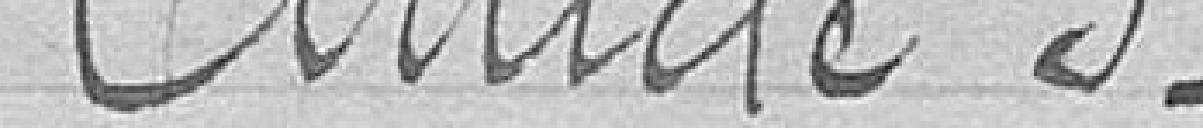
Article 5